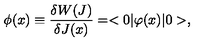
\phi ( x ) \equiv { \frac { \delta W ( J ) } { \delta J ( x ) } } = < 0 | \varphi ( x ) | 0 > ,